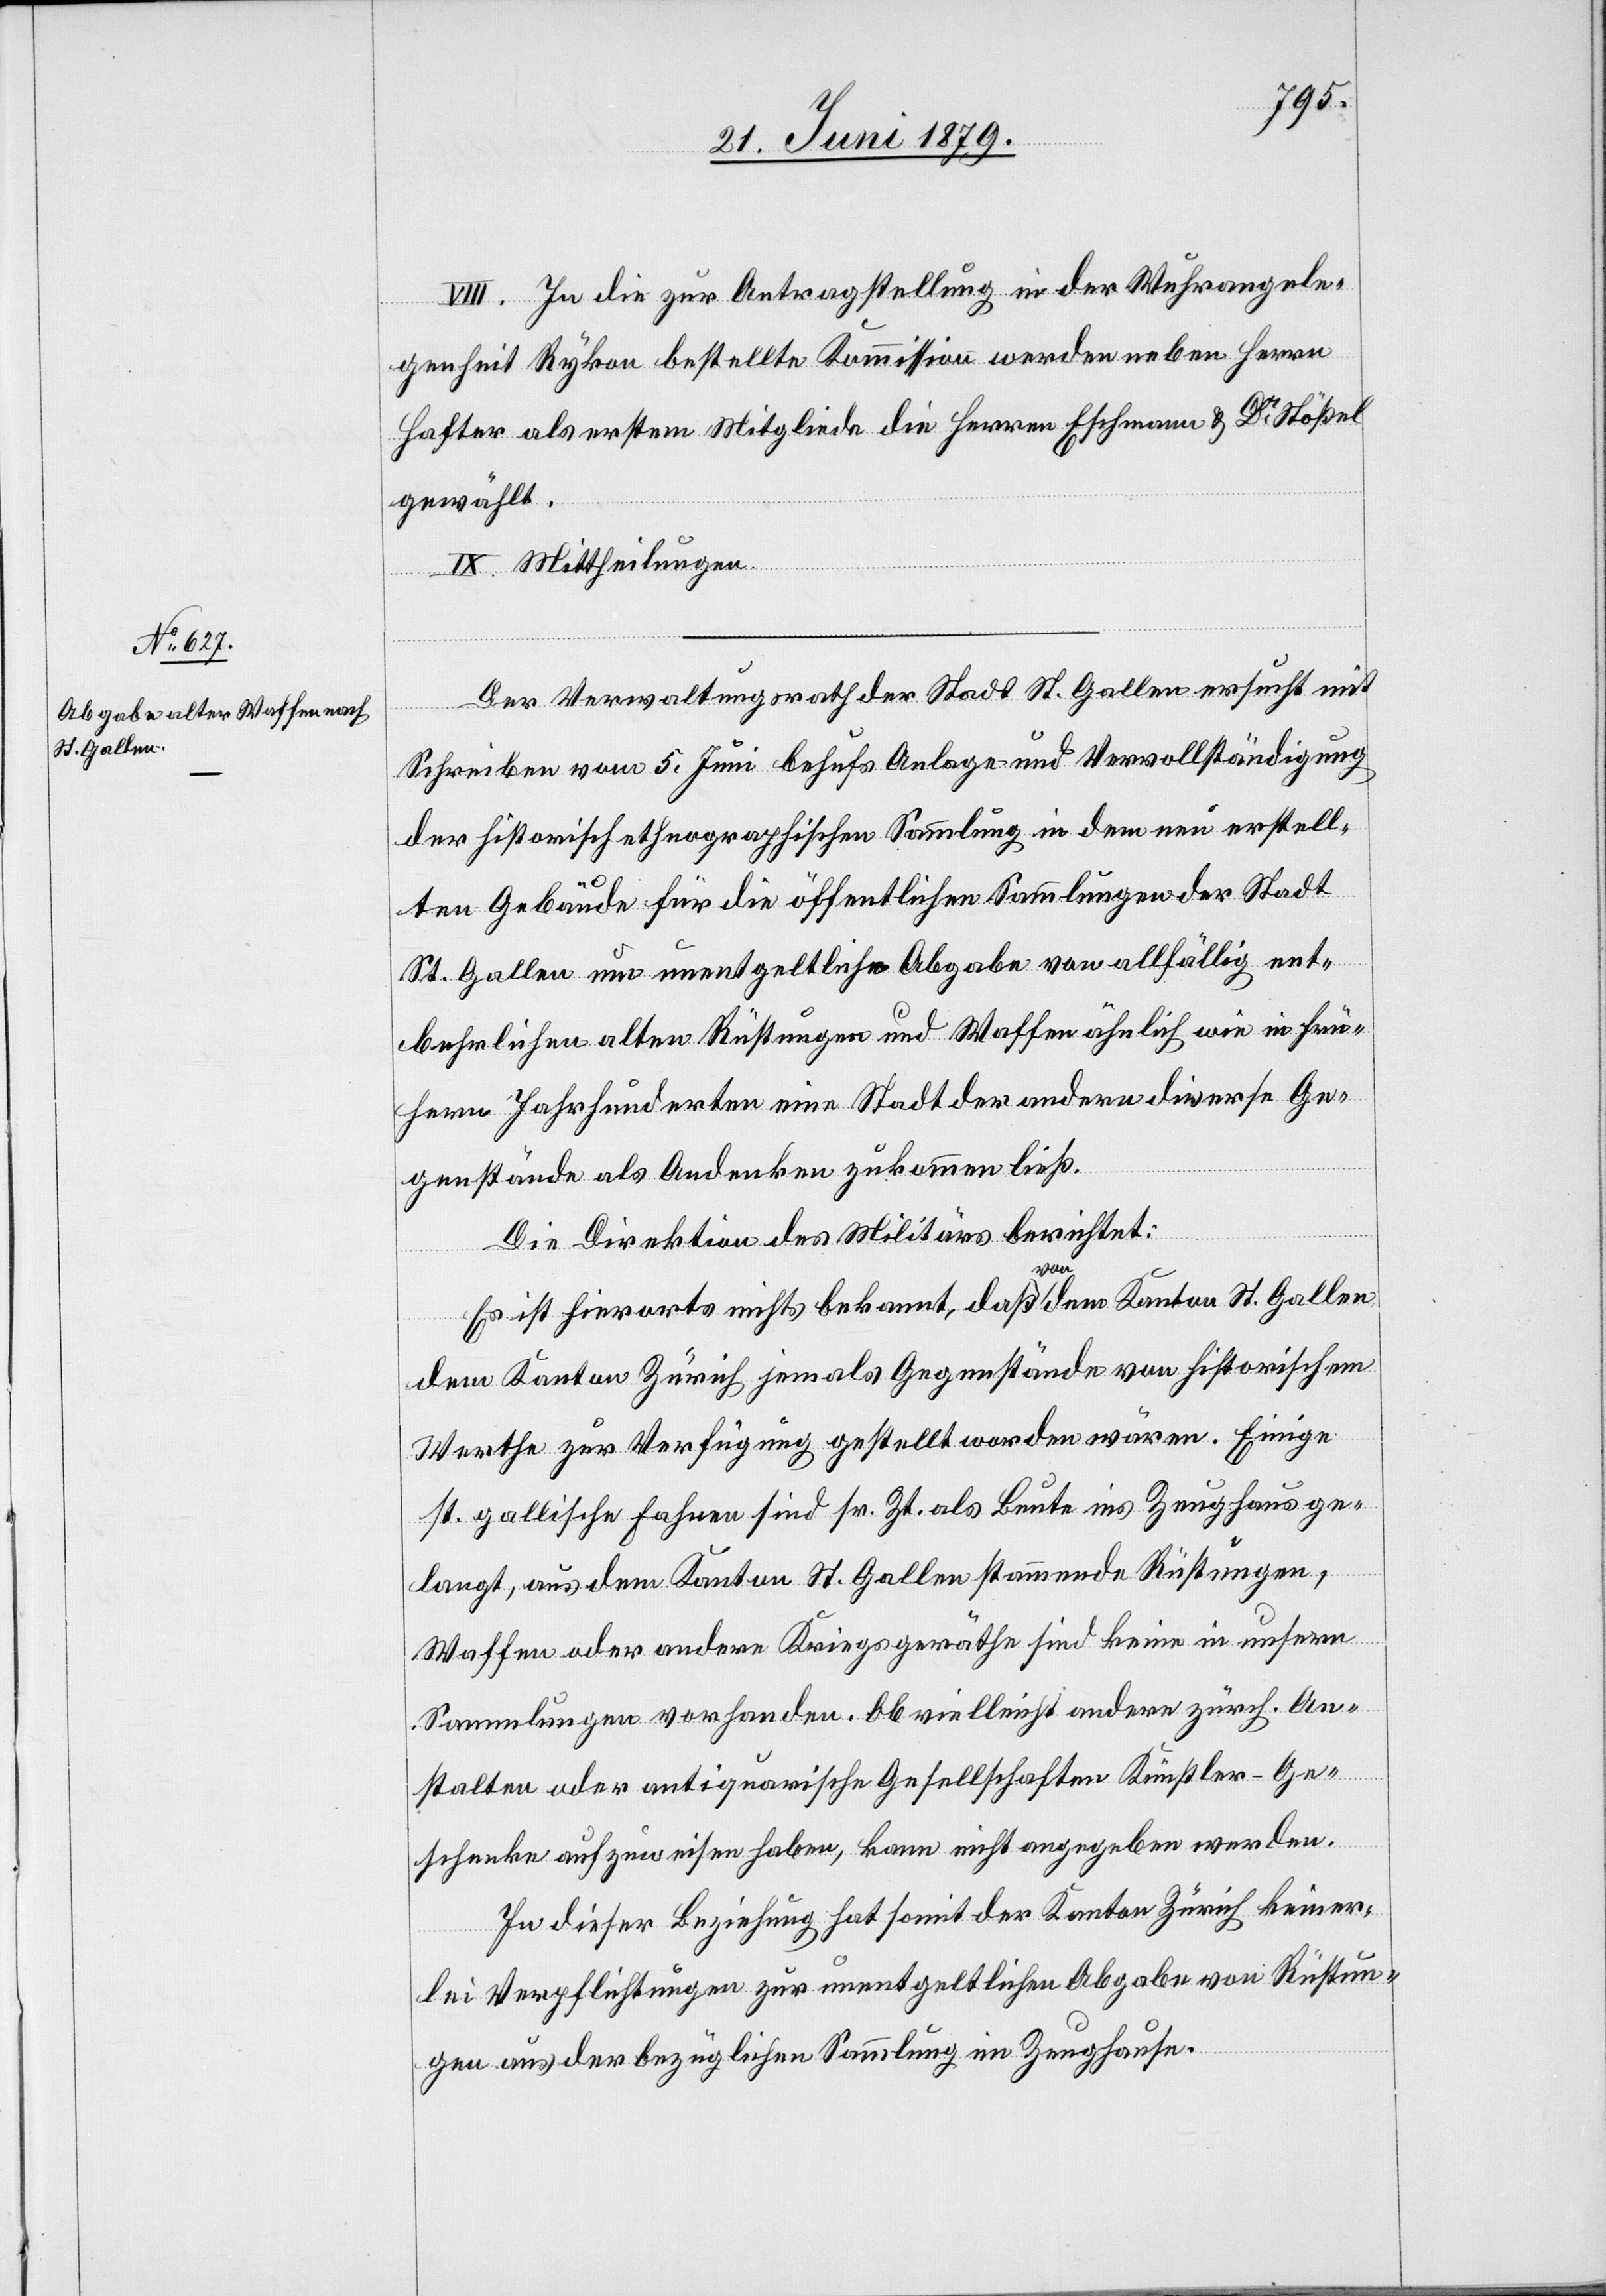
VIII. In die zur Antragstellung in der Wuhrangele¬
genheit Rykon bestellte Kommission werden neben Herrn
Hafter als erstem Mitgliede die Herren Eschmann & Dr Stößel
gewählt.
IX. Mittheilung.
Der Verwaltungsrath der Stadt St. Gallen ersucht mit
Schreiben vom 5. Juni behufs Anlage und Vervollständigung
der historisch-ethnographischen Sammlung in dem neu erstell¬
ten Gebäude für die öffentlichen Sammlungen der Stadt
St. Gallen um unentgeltliche Abgabe von allfällig ent¬
behrlichen alten Rüstungen und Waffen ähnlich wie in frü¬
hern Jahrhunderten eine Stadt der andern diverse Ge¬
genstände als Andenken zukommen ließ.
Die Direktion des Militärs berichtet:
Es ist hierorts nichts bekannt, daß von dem Kanton St. Gallen
dem Kanton Zürich jemals Gegenstände von historischem
Werthe zur Verfügung gestellt worden wären. Einige
st. gallische Fahnen sind sr. Zt. als Beute ins Zeughaus ge¬
langt, aus dem Kanton St. Gallen stammende Rüstungen,
Waffen oder andere Kriegsgeräthe sind keine in unsern
Sammlungen vorhanden. Ob vielleicht andere zürch. An¬
stalten oder antiquarische Gesellschaften Künstler-Ge¬
schenke aufzuweisen haben, kann nicht angegeben werden.
In dieser Beziehung hat somit der Kanton Zürich keiner¬
lei Verpflichtungen zur unentgeltlichen Abgabe von Rüstun¬
gen aus der bezüglichen Sammlung im Zeughause.